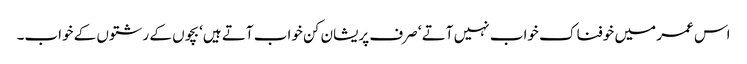
اس عمر میں خوفناک خواب نہیں آتے ‘ صرف پریشان کن خواب آتے ہیں‘ بچوں کے رشتوں کے خواب۔